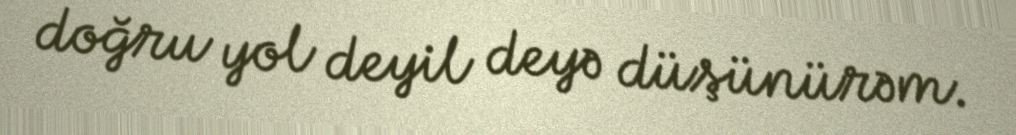
doğru yol deyil deyə düşünürəm.